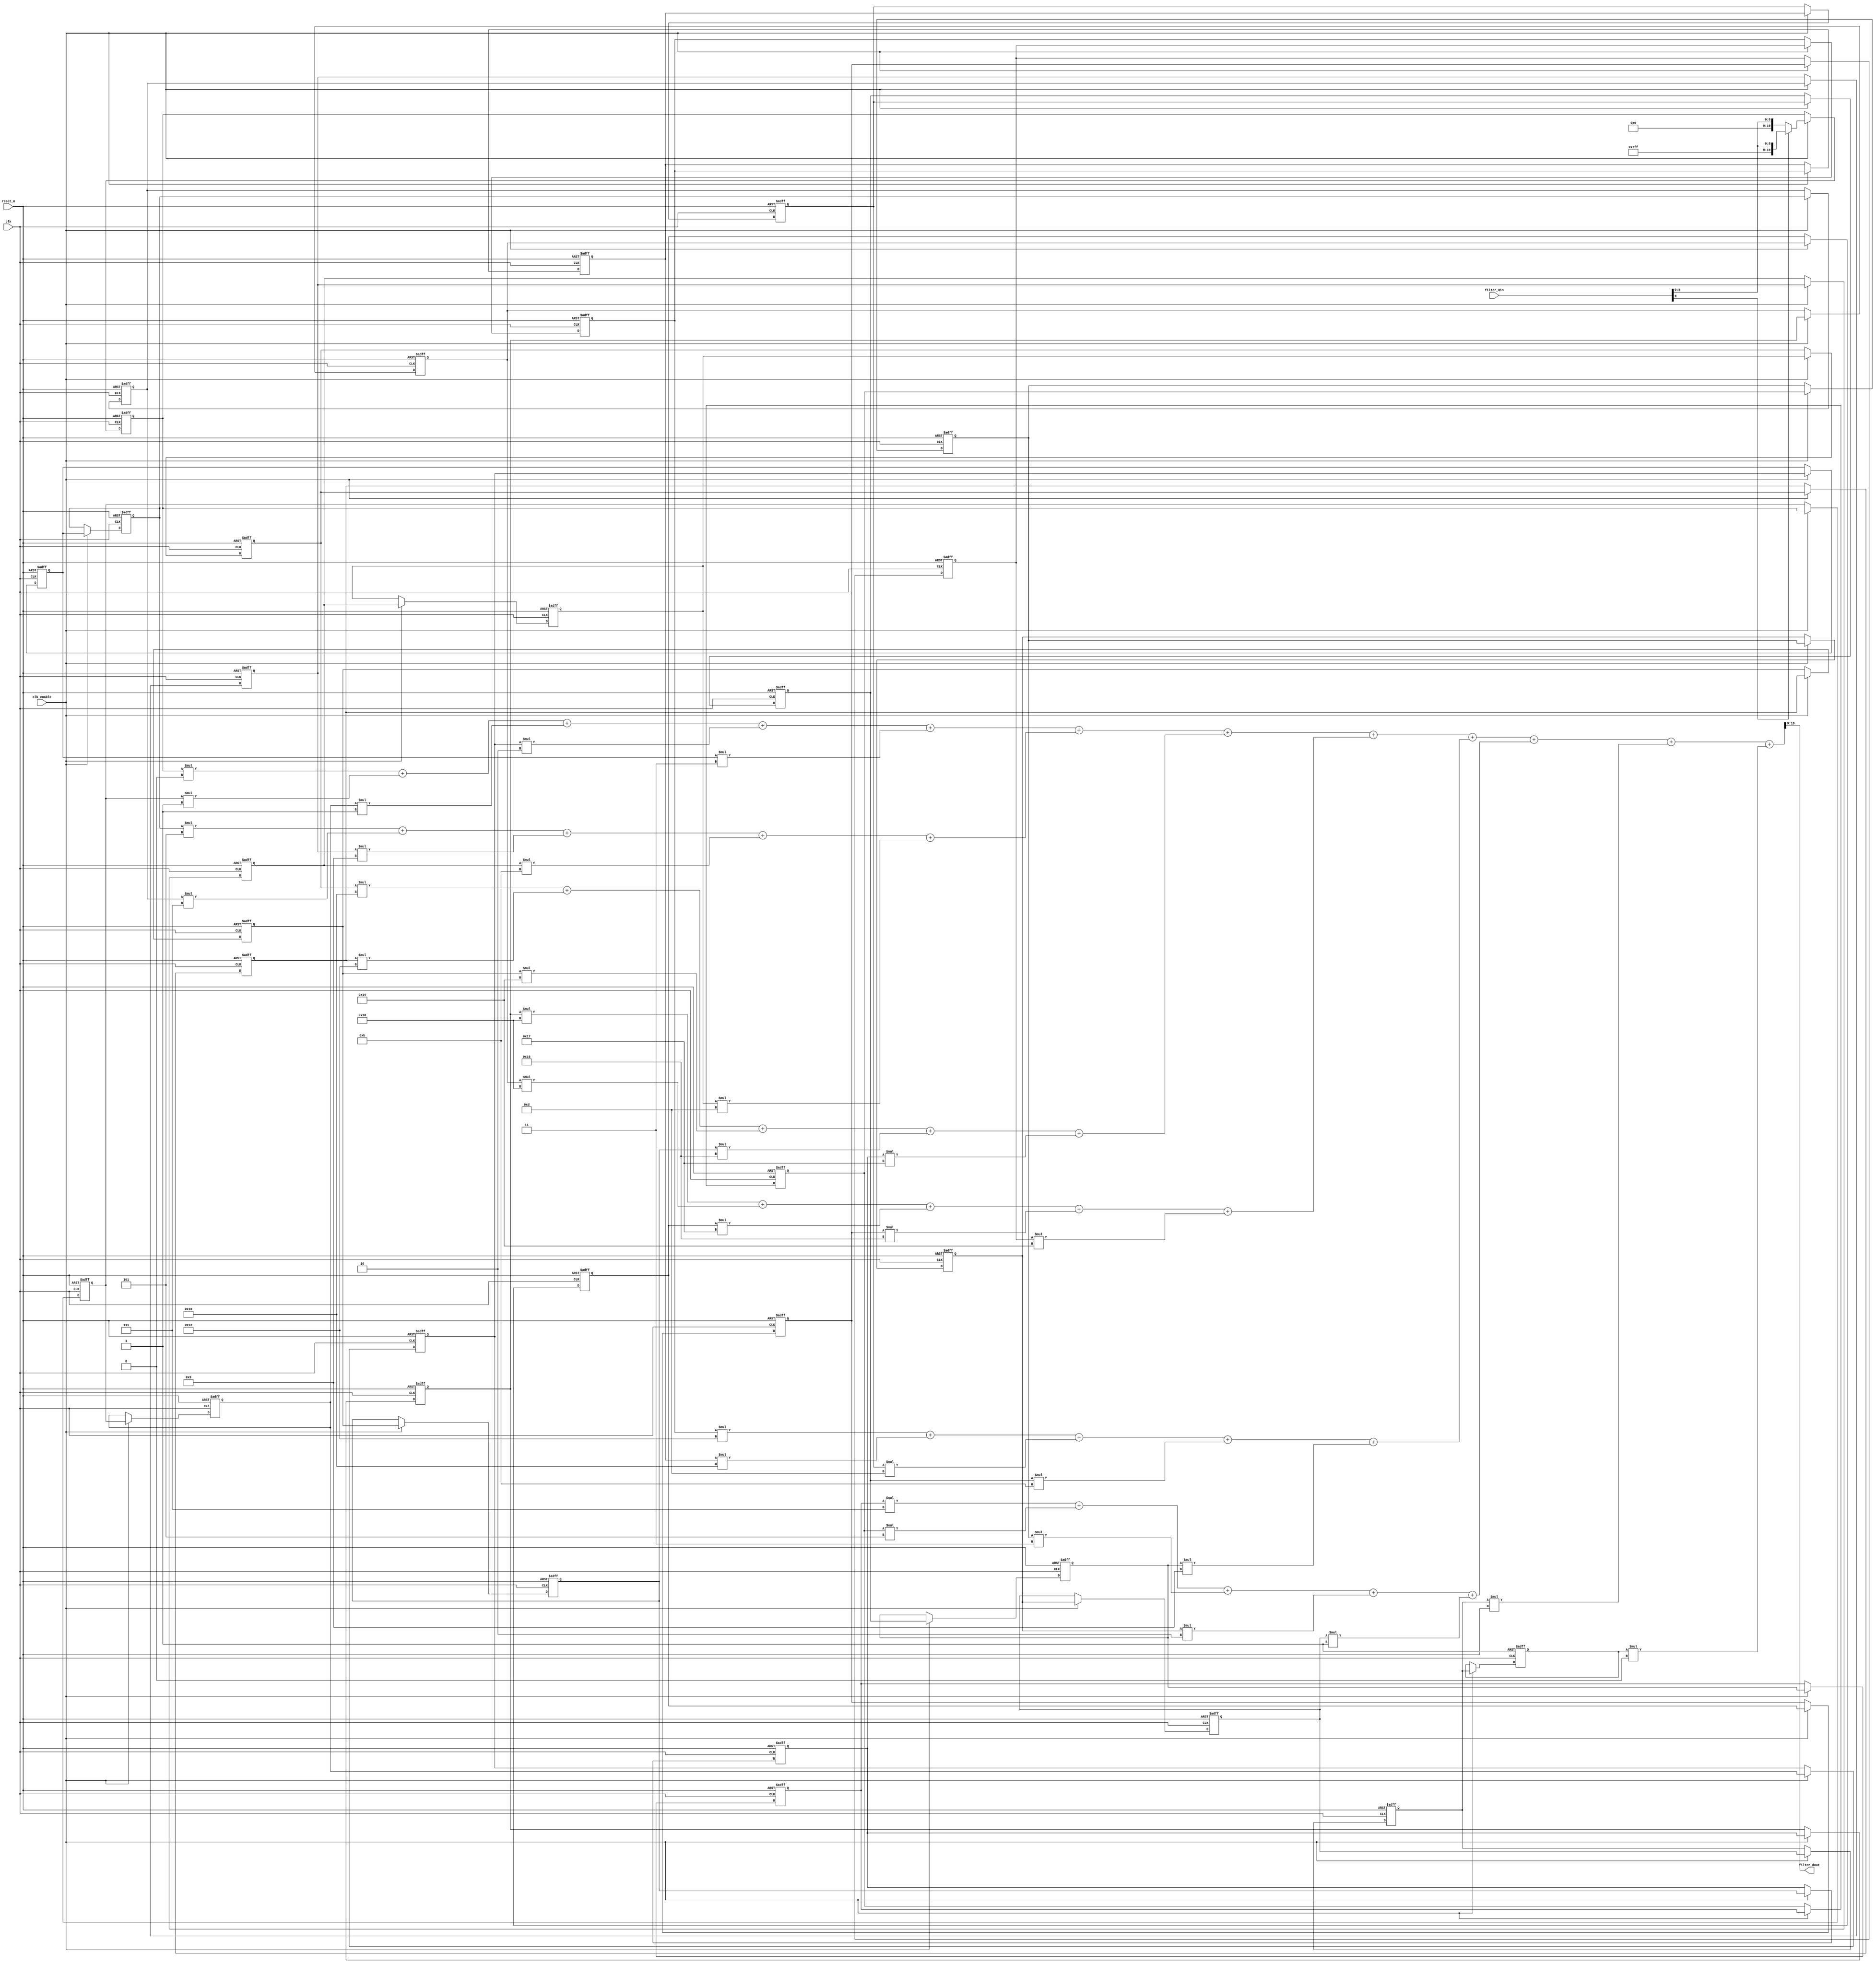
module LPF_Filter(  input wire        clk,
                    input wire        clk_enable,
                    input wire        reset_n,
                    input wire signed [9:0]  filter_din,
                    output wire signed [9:0] filter_dout);

wire signed [19:0] filter_in;
wire signed [19:0] filter_out;

assign filter_in = filter_din[9]?({10'b11111_11111,filter_din[9:0]}):({10'b0,filter_din[9:0]});

assign filter_dout = filter_out[18:9];

 



////////////////////////////////////////////////////////////////
//Module Architecture: filter
////////////////////////////////////////////////////////////////
// Local Functions
// Type Definitions
// Constants

parameter signed coeff1  = 6'd0;
parameter signed coeff2  = 6'd1;
parameter signed coeff3  = 6'd1;
parameter signed coeff4  = 6'd2;
parameter signed coeff5  = 6'd3;
parameter signed coeff6  = 6'd5;
parameter signed coeff7  = 6'd7;
parameter signed coeff8  = 6'd9;
parameter signed coeff9  = 6'd11;
parameter signed coeff10 = 6'd13;
parameter signed coeff11 = 6'd16;
parameter signed coeff12 = 6'd18;
parameter signed coeff13 = 6'd20;
parameter signed coeff14 = 6'd22;
parameter signed coeff15 = 6'd23;
parameter signed coeff16 = 6'd24;
parameter signed coeff17 = 6'd24;
parameter signed coeff18 = 6'd23;
parameter signed coeff19 = 6'd22;
parameter signed coeff20 = 6'd20;
parameter signed coeff21 = 6'd18;
parameter signed coeff22 = 6'd16;
parameter signed coeff23 = 6'd13;
parameter signed coeff24 = 6'd11;
parameter signed coeff25 = 6'd9;
parameter signed coeff26 = 6'd7;
parameter signed coeff27 = 6'd5;
parameter signed coeff28 = 6'd3;
parameter signed coeff29 = 6'd2;
parameter signed coeff30 = 6'd1;
parameter signed coeff31 = 6'd1;
parameter signed coeff32 = 6'd0;

 


// Signals
reg signed [19:0] delay_pipeline [0:31] ;
reg signed [19:0] product32; 
reg signed [19:0] product31; 
reg signed [19:0] product30; 
reg signed [19:0] product29; 
reg signed [19:0] product28; 
reg signed [19:0] product27;
reg signed [19:0] product26; 
reg signed [19:0] product25; 
reg signed [19:0] product24; 
reg signed [19:0] product23; 
reg signed [19:0] product22; 
reg signed [19:0] product21; 
reg signed [19:0] product20; 
reg signed [19:0] product19; 
reg signed [19:0] product18; 
reg signed [19:0] product17; 
reg signed [19:0] product16; 
reg signed [19:0] product15; 
reg signed [19:0] product14; 
reg signed [19:0] product13; 
reg signed [19:0] product12; 
reg signed [19:0] product11; 
reg signed [19:0] product10; 
reg signed [19:0] product9; 
reg signed [19:0] product8; 
reg signed [19:0] product7; 
reg signed [19:0] product6; 
reg signed [19:0] product5; 
reg signed [19:0] product4; 
reg signed [19:0] product3; 
reg signed [19:0] product2; 
reg signed [19:0] product1; 


// Block Statements
always @( posedge clk or negedge reset_n)
begin: Delay_Pipeline_process
if (reset_n == 0) begin
delay_pipeline[0]  <= 0;
delay_pipeline[1]  <= 0;
delay_pipeline[2]  <= 0;
delay_pipeline[3]  <= 0;
delay_pipeline[4]  <= 0;
delay_pipeline[5]  <= 0;
delay_pipeline[6]  <= 0;
delay_pipeline[7]  <= 0;
delay_pipeline[8]  <= 0;
delay_pipeline[9]  <= 0;
delay_pipeline[10] <= 0;
delay_pipeline[11] <= 0;
delay_pipeline[12] <= 0;
delay_pipeline[13] <= 0;
delay_pipeline[14] <= 0;
delay_pipeline[15] <= 0;
delay_pipeline[16] <= 0;
delay_pipeline[17] <= 0;
delay_pipeline[18] <= 0;
delay_pipeline[19] <= 0;
delay_pipeline[20] <= 0;
delay_pipeline[21] <= 0;
delay_pipeline[22] <= 0;
delay_pipeline[23] <= 0;
delay_pipeline[24] <= 0;
delay_pipeline[25] <= 0;
delay_pipeline[26] <= 0;
delay_pipeline[27] <= 0;
delay_pipeline[28] <= 0;
delay_pipeline[29] <= 0;
delay_pipeline[30] <= 0;
delay_pipeline[31] <= 0;
end
else begin
if (clk_enable == 1'b1) begin
delay_pipeline[0]  <= filter_in;
delay_pipeline[1]  <= delay_pipeline[0] ;
delay_pipeline[2]  <= delay_pipeline[1] ;
delay_pipeline[3]  <= delay_pipeline[2] ;
delay_pipeline[4]  <= delay_pipeline[3] ;
delay_pipeline[5]  <= delay_pipeline[4] ;
delay_pipeline[6]  <= delay_pipeline[5] ;
delay_pipeline[7]  <= delay_pipeline[6] ;
delay_pipeline[8]  <= delay_pipeline[7] ;
delay_pipeline[9]  <= delay_pipeline[8] ;
delay_pipeline[10] <= delay_pipeline[9] ;
delay_pipeline[11] <= delay_pipeline[10];
delay_pipeline[12] <= delay_pipeline[11];
delay_pipeline[13] <= delay_pipeline[12];
delay_pipeline[14] <= delay_pipeline[13];
delay_pipeline[15] <= delay_pipeline[14];
delay_pipeline[16] <= delay_pipeline[15];
delay_pipeline[17] <= delay_pipeline[16];
delay_pipeline[18] <= delay_pipeline[17];
delay_pipeline[19] <= delay_pipeline[18];
delay_pipeline[20] <= delay_pipeline[19];
delay_pipeline[21] <= delay_pipeline[20];
delay_pipeline[22] <= delay_pipeline[21];
delay_pipeline[23] <= delay_pipeline[22];
delay_pipeline[24] <= delay_pipeline[23];
delay_pipeline[25] <= delay_pipeline[24];
delay_pipeline[26] <= delay_pipeline[25];
delay_pipeline[27] <= delay_pipeline[26];
delay_pipeline[28] <= delay_pipeline[27];
delay_pipeline[29] <= delay_pipeline[28];
delay_pipeline[30] <= delay_pipeline[29];
delay_pipeline[31] <= delay_pipeline[30];
end
end
end // Delay_Pipeline_process




always @* product32 <= delay_pipeline[31] * coeff32;
always @* product31 <= delay_pipeline[30] * coeff31;
always @* product30 <= delay_pipeline[29] * coeff30;
always @* product29 <= delay_pipeline[28] * coeff29;
always @* product28 <= delay_pipeline[27] * coeff28;
always @* product27 <= delay_pipeline[26] * coeff27;
always @* product26 <= delay_pipeline[25] * coeff26;
always @* product25 <= delay_pipeline[24] * coeff25;
always @* product24 <= delay_pipeline[23] * coeff24;
always @* product23 <= delay_pipeline[22] * coeff23;
always @* product22 <= delay_pipeline[21] * coeff22;
always @* product21 <= delay_pipeline[20] * coeff21;
always @* product20 <= delay_pipeline[19] * coeff20;
always @* product19 <= delay_pipeline[18] * coeff19;
always @* product18 <= delay_pipeline[17] * coeff18;
always @* product17 <= delay_pipeline[16] * coeff17;
always @* product16 <= delay_pipeline[15] * coeff16;
always @* product15 <= delay_pipeline[14] * coeff15;
always @* product14 <= delay_pipeline[13] * coeff14;
always @* product13 <= delay_pipeline[12] * coeff13;
always @* product12 <= delay_pipeline[11] * coeff12;
always @* product11 <= delay_pipeline[10] * coeff11;
always @* product10 <= delay_pipeline[9]  * coeff10;
always @* product9  <= delay_pipeline[8]  * coeff9;
always @* product8  <= delay_pipeline[7]  * coeff8;
always @* product7  <= delay_pipeline[6]  * coeff7;
always @* product6  <= delay_pipeline[5]  * coeff6;
always @* product5  <= delay_pipeline[4]  * coeff5;
always @* product4  <= delay_pipeline[3]  * coeff4;
always @* product3  <= delay_pipeline[2]  * coeff3;
always @* product2  <= delay_pipeline[1]  * coeff2;
always @* product1  <= delay_pipeline[0]  * coeff1;

 


 

wire signed [19:0] tmp0;
wire signed [19:0] tmp1;
wire signed [19:0] tmp2;
wire signed [19:0] tmp3;
wire signed [19:0] tmp4;
wire signed [19:0] tmp5;
wire signed [19:0] tmp;
assign tmp0 = product1 + product2 + product3 + product4 + product5;
assign tmp1 = product6 + product7 + product8 + product9 + product10;
assign tmp2 = product11 + product12 + product13 + product14 + product15;
assign tmp3 = product16 + product17 + product18 + product19 + product20;
assign tmp4 = product21 + product22 + product23 + product24 + product25;
assign tmp5 = product26 + product27 + product28 + product29 + product30;
assign tmp = tmp0 + tmp1 + tmp2 + tmp3 + tmp4 + tmp5 +product31 + product32;



assign filter_out = tmp;

endmodule